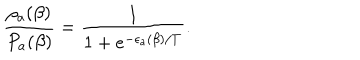
\frac { \rho _ { a } ( \beta ) } { P _ { a } ( \beta ) } = \frac { 1 } { 1 + e ^ { - \epsilon _ { a } ( \beta ) / T } } .